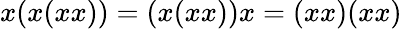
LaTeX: x(x(xx))=(x(xx))x=(xx)(xx)